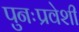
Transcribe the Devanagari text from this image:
पुनःप्रवेशी